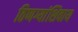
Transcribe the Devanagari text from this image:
ठिणग्यांशिवाय